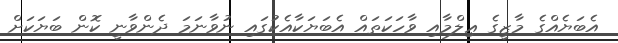
އެބަޔެއްގެ މާޒީގެ ޢިލްމާއި ވާހަކަތައް އެބަޔަކާއެކުގައި ނުވާނަމަ ދެންވާނީ ކޮން ބަޔަކަށް